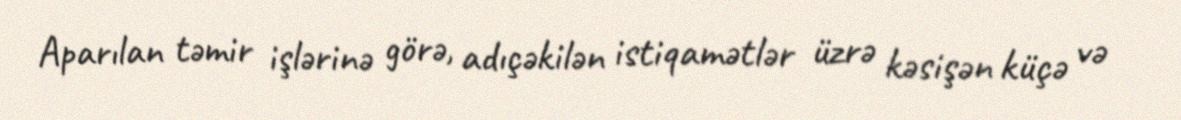
Aparılan təmir işlərinə görə, adıçəkilən istiqamətlər üzrə kəsişən küçə və